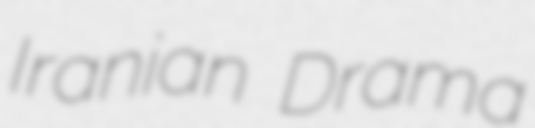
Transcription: Iranian Drama